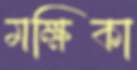
মক্ষিকা